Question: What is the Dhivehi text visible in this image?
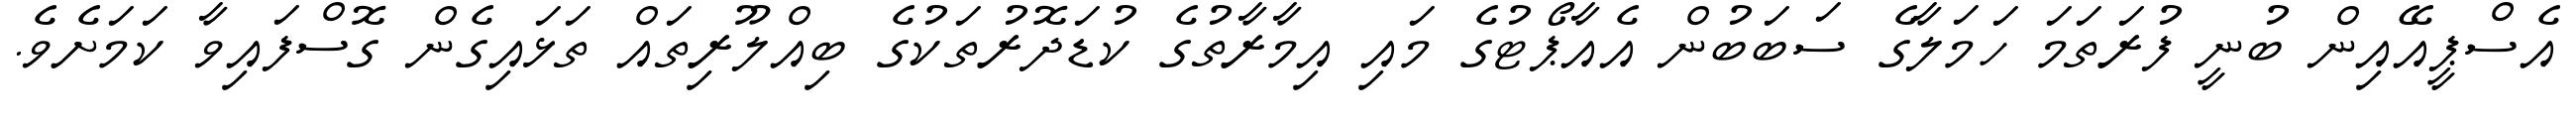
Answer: އެސްޕީއޭއިން ބުނީ ފުރަތަމަ ހަމަލާގެ ސަބަބުން އެއާޕޯޓުގެ މައި އިމާރާތުގެ ކުޑަދޮރުތަކުގެ ބިއްލޫރިތައް ތަޅައިގެން ގޮސްފައިވާ ކަމަށެވެ.